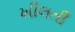
ખીલતી